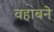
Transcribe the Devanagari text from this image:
वहाबने